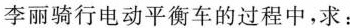
李丽骑行电动平衡车的过程中，求：